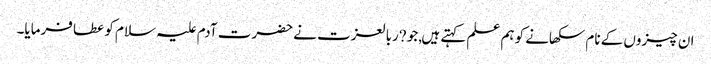
ان چیزوں کے نام سکھانے کو ہم علم کہتے ہیں,جو ?ربالعزت نے حضرت آدم علیہ سلام کو عطا فرمایا۔